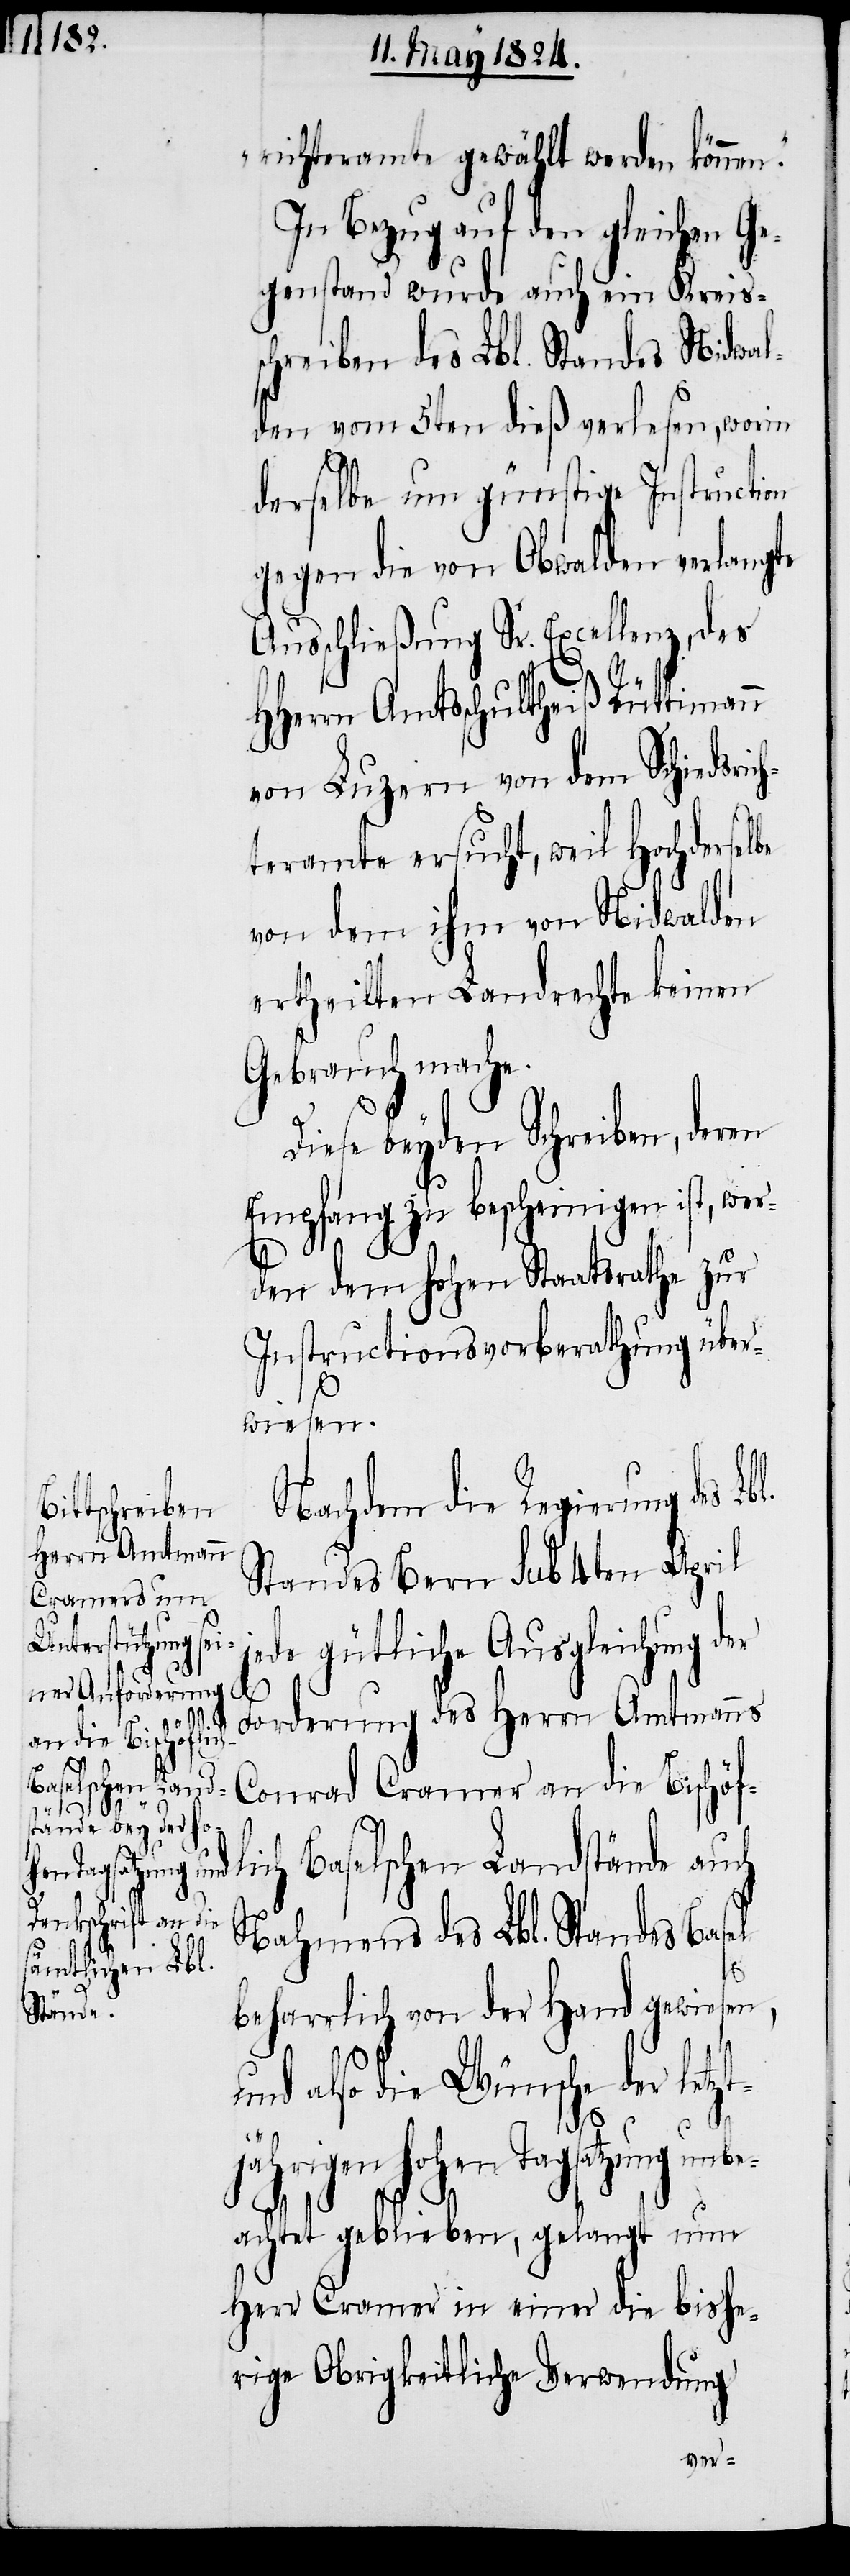
tjä¬

richteramte gewählt werden können.“
In Bezug auf den gleichen Ge¬
genstand wurde auch ein Kreis¬
chreiben des Lbl. Standes Nidwal¬
den vom 5ten dieß verlesen, worin
derselbe um günstige Instruction
gegen die von Obwalden verlangte
Ausschließung Sr. Excellenz, des
Herrn Amtsschultheiß Rüttimann
von Luzern von dem Schiedsric¬
teramte ersucht, weil Hochdersel¬
von dem ihm von Nidwalden
ertheilten Landrechte keinen
Gebrauch mache.
Diese beyden Schreiben, deren
Empfang zu bescheinigen ist, wer¬
den dem hohen Staatsrathe zur
Instructionsvorberathung über¬
wiesen.
Nachdem die Regierung des
Standes Bern sub 4ten April
ede gütliche Ausgleichung der
l¬
Forderung des Herrn Amtmanns
Conrad Cramer an die Bischöf¬
ich Baselschen Landstände auch
Nahmens des Lbl. Standes Basel
L.
beharrlich von der Hand gewiesen,
und also die Wünsche der letz¬
hrigen hohen Tagsatzung un¬
beachtet geblieben, gelangt nun
Herr Cramer in einer die bishe¬
rige Obrigkeitliche Verwendung